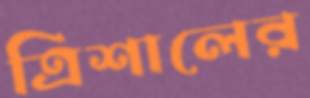
ত্রিশালের